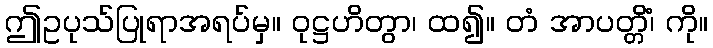
ဤဥပုသ်ပြုရာအရပ်မှ။ ဝုဋ္ဌဟိတွာ၊ ထ၍။ တံ အာပတ္တိံ၊ ကို။